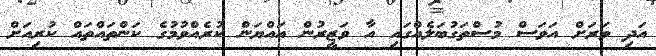
އަދި ވަރަށް އަވަސް މުސްތަގުބަލެއްގައި އާ ވަޒީރުން އައްޔަން ކުރެއްވުމުގެ ކަންތައްތައް ކުރިއަށް